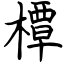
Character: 橝